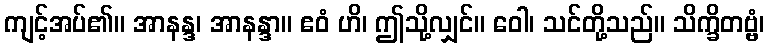
ကျင့်အပ်၏။ အာနန္ဒ၊ အာနန္ဒာ။ ဧဝံ ဟိ၊ ဤသို့လျှင်။ ဝေါ၊ သင်တို့သည်။ သိက္ခိတဗ္ဗံ၊